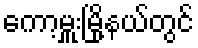
ကော့မှူးမြို့နယ်တွင်